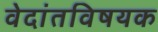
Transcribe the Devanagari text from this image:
वेदांतविषयक